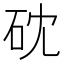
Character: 𥑀